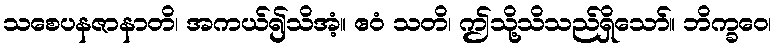
သစေပနဇာနာတိ၊ အကယ်၍သိအံ့။ ဧဝံ သတိ၊ ဤသို့သိသည်ရှိသော်။ ဘိက္ခဝေ၊